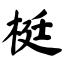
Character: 梃